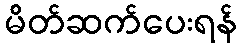
မိတ်ဆက်ပေးရန်